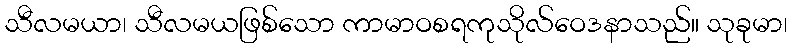
သီလမယာ၊ သီလမယဖြစ်သော ကာမာဝစရကုသိုလ်ဝေဒနာသည်။ သုခုမာ၊